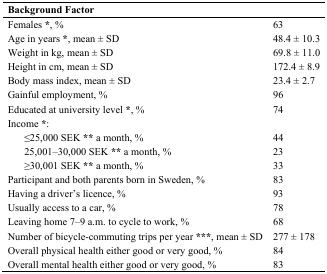
| <COLSPAN=2> Background Factor |  |
 | --- | --- | --- |
 | <COLSPAN=2> Females *, % | 63 |
 | <COLSPAN=2> Age in years *, mean ± SD | 48.4 ± 10.3 |
 | <COLSPAN=2> Weight in kg, mean ± SD | 69.8 ± 11.0 |
 | <COLSPAN=2> Height in cm, mean ± SD | 172.4 ± 8.9 |
 | <COLSPAN=2> Body mass index, mean ± SD | 23.4 ± 2.7 |
 | <COLSPAN=2> Gainful employment, % | 96 |
 | <COLSPAN=2> Educated at university level *, % | 74 |
 | <COLSPAN=2> Income *: |  |
 |  | ≤25,000 SEK ** a month, % | 44 |
 |  | 25,001–30,000 SEK ** a month, % | 23 |
 |  | ≥30,001 SEK ** a month, % | 33 |
 | <COLSPAN=2> Participant and both parents born in Sweden, % | 83 |
 | <COLSPAN=2> Having a driver’s licence, % | 93 |
 | <COLSPAN=2> Usually access to a car, % | 78 |
 | <COLSPAN=2> Leaving home 7–9 a.m. to cycle to work, % | 68 |
 | <COLSPAN=2> Number of bicycle-commuting trips per year ***, mean ± SD | 277 ± 178 |
 | <COLSPAN=2> Overall physical health either good or very good, % | 84 |
 | <COLSPAN=2> Overall mental health either good or very good, % | 83 |